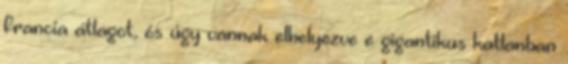
francia átlagot, és úgy vannak elhelyezve e gigantikus katlanban